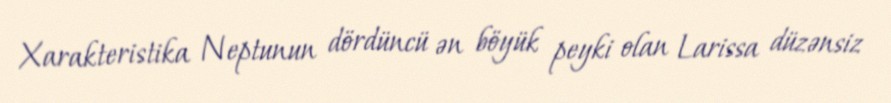
Xarakteristika Neptunun dördüncü ən böyük peyki olan Larissa düzənsiz